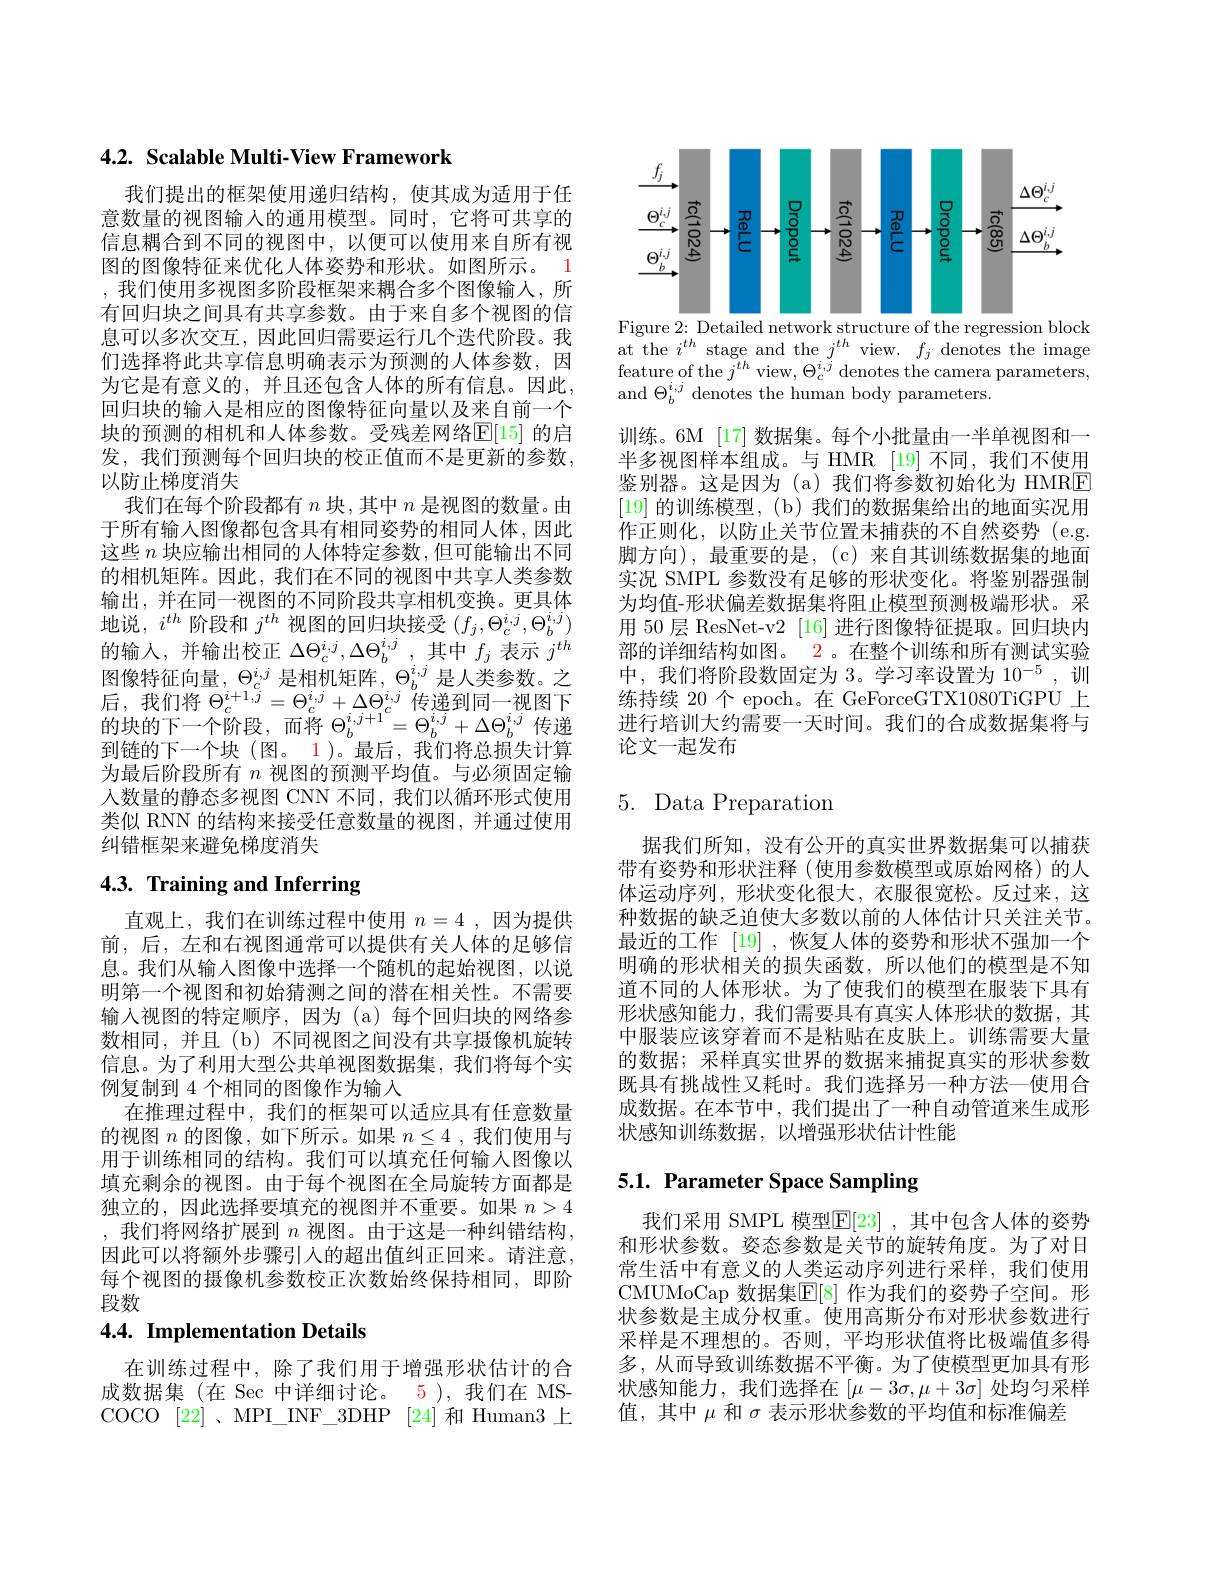
# 4.2. Scalable Multi-View Framework

我们提出的框架使用递归结构，使其成为适用于任意数量的视图输人的通用模型。同时，它将可共享的信息耦合到不同的视图中，以便可以使用来自所有视图的图像特征来优化人体姿势和形状。如图所示。1 ,我们使用多视图多阶段框架来耦合多个图像输人，所有回归块之间具有共享参数。由于来自多个视图的信息可以多次交互，因此回归需要运行几个迭代阶段。我们选择将此共享信息明确表示为预测的人体参数，因为它是有意义的，并且还包含人体的所有信息。因此， 回归块的输入是相应的图像特征向量以及来自前一个块的预测的相机和人体参数。受残差网络$\mathbb{E}[15]$ 的启发，我们预测每个回归块的校正值而不是更新的参数， 以防止梯度消失
我们在每个阶段都有$n$块，其中$n$是视图的数量。由于所有输入图像都包含具有相同姿势的相同人体，因此这些$n$块应输出相同的人体特定参数，但可能输出不同的相机矩阵。因此，我们在不同的视图中共享人类参数输出，并在同一视图的不同阶段共享相机变换。更具体地说，$i^th$阶段和$j^th$视图的回归块接受$(f_j,\Theta_c^{i,j},\Theta_b^{i,j})$ 的输入，并输出校正$\Delta\Theta_c^{i,j},\Delta\Theta_b^{i,j}$,其中$f_j$表示$j^{th}$ 图像特征向量，$\Theta_c^{i,j}$是相机矩阵，$\Theta_b^{i,j}$是人类参数。之$\begin{array}{l}\text{后，我们将 }\Theta_{c}^{i+1,\bar{j}}=\Theta_{c}^{i,j}+\Delta\Theta_{c}^{i,j}\text{传递到同一视图下}\\\text{的块的下一个阶段，而将 }\Theta_{b}^{i,j+1}=\Theta_{b}^{i,j}+\Delta\Theta_{b}^{i,j}\text{ 传递}\end{array}$ 到链的下一个块(图。1)。最后，我们将总损失计算为最后阶段所有$n$视图的预测平均值。与必须固定输入数量的静态多视图 CNN 不同，我们以循环形式使用类似 RNN 的结构来接受任意数量的视图，并通过使用纠错框架来避免梯度消失

# 4.3. Training and Inferring

直观上，我们在训练过程中使用$n=4$,因为提供前，后，左和右视图通常可以提供有关人体的足够信息。我们从输入图像中选择一个随机的起始视图，以说明第一个视图和初始猜测之间的潜在相关性。不需要输入视图的特定顺序，因为 (a)每个回归块的网络参数相同，并且(b)不同视图之间没有共享摄像机旋转信息。为了利用大型公共单视图数据集，我们将每个实例复制到 4 个相同的图像作为输入
在推理过程中，我们的框架可以适应具有任意数量的视图$n$的图像，如下所示。如果$n\leq4$ ,我们使用与用于训练相同的结构。我们可以填充任何输入图像以填充剩余的视图。由于每个视图在全局旋转方面都是独立的，因此选择要填充的视图并不重要。如果$n>4$ ,我们将网络扩展到 $n$ 视图。由于这是一种纠错结构， 因此可以将额外步骤引入的超出值纠正回来。请注意， 每个视图的摄像机参数校正次数始终保持相同，即阶段数

# 4.4. Implementation Details

在训练过程中，除了我们用于增强形状估计的合成数据集 (在 Sec 中详细讨论。5 ),我们在 MSCOCO [22] 、MPI\_INF\_3DHP [24]和 Human3 上

<FigureHere>
Figure 2: Detailed network structure of the regression block

at the $i^{th}$ stage and the $j^{th}$ view. $f_j$ denotes the image feature of the $j^{th}$ view, $\Theta_c^{i,j}$ denotes the camera parameters, and $\Theta_{b}^{i,j}$ denotes the human body parameters.

训练。6M [17] 数据集。每个小批量由一半单视图和一半多视图样本组成。与 HMR [19] 不同，我们不使用鉴别器。这是因为(a)我们将参数初始化为 HMRE [19]的训练模型，(b) 我们的数据集给出的地面实况用作正则化，以防止关节位置未捕获的不自然姿势(e.g. 脚方向),最重要的是，(c)来自其训练数据集的地面实况 SMPL 参数没有足够的形状变化。将鉴别器强制为均值-形状偏差数据集将阻止模型预测极端形状。采用 50 层 ResNet-v2 [16] 进行图像特征提取。回归块内部的详细结构如图。2。在整个训练和所有测试实验中，我们将阶段数固定为 3。学习率设置为$10^{-5}$,训练持续 20 个 epoch。在 GeForceGTX1080TiGPU 上进行培训大约需要一天时间。我们的合成数据集将与论文一起发布

# 5. Data Preparation

据我们所知，没有公开的真实世界数据集可以捕获带有姿势和形状注释(使用参数模型或原始网格)的人体运动序列，形状变化很大，衣服很宽松。反过来，这种数据的缺乏迫使大多数以前的人体估计只关注关节。最近的工作 [19] ,恢复人体的姿势和形状不强加一个明确的形状相关的损失函数，所以他们的模型是不知道不同的人体形状。为了使我们的模型在服装下具有形状感知能力，我们需要具有真实人体形状的数据，其中服装应该穿着而不是粘贴在皮肤上。训练需要大量的数据；采样真实世界的数据来捕捉真实的形状参数既具有挑战性又耗时。我们选择另一种方法—使用合成数据。在本节中，我们提出了一种自动管道来生成形状感知训练数据，以增强形状估计性能

# 5.1. Parameter Space Sampling

我们采用 SMPL 模型$\mathbb{E}[23]$ ,其中包含人体的姿势和形状参数。姿态参数是关节的旋转角度。为了对日常生活中有意义的人类运动序列进行采样，我们使用CMUMoCap 数据集$\overline{\mathbb{E}}[8]$ 作为我们的姿势子空间。形状参数是主成分权重。使用高斯分布对形状参数进行采样是不理想的。否则，平均形状值将比极端值多得多，从而导致训练数据不平衡。为了使模型更加具有形状感知能力，我们选择在$\left[\mu-3\sigma,\mu+3\sigma\right]$处均匀采样值，其中$\mu$和$\sigma$表示形状参数的平均值和标准偏差